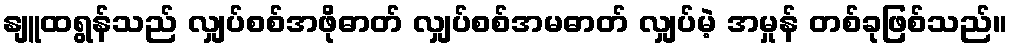
နျူထရွန်သည် လျှပ်စစ်အဖိုဓာတ် လျှပ်စစ်အမဓာတ် လျှပ်မဲ့ အမှုန် တစ်ခုဖြစ်သည်။